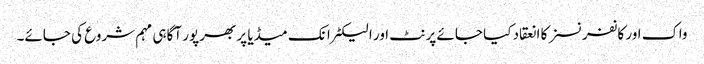
واک اور کانفرنسز کا انعقاد کیا جائے پرنٹ اور الیکٹرانک میڈیا پر بھرپور آگاہی مہم شروع کی جائے۔